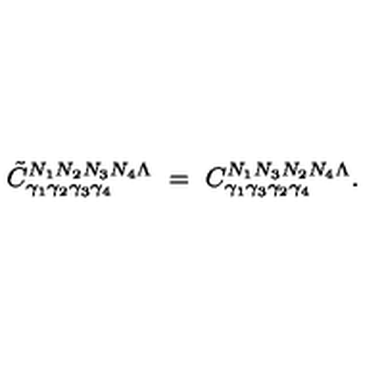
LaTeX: \tilde { C } _ { \gamma _ { 1 } \gamma _ { 2 } \gamma _ { 3 } \gamma _ { 4 } } ^ { N _ { 1 } N _ { 2 } N _ { 3 } N _ { 4 } \Lambda } \ = \ C _ { \gamma _ { 1 } \gamma _ { 3 } \gamma _ { 2 } \gamma _ { 4 } } ^ { N _ { 1 } N _ { 3 } N _ { 2 } N _ { 4 } \Lambda } .